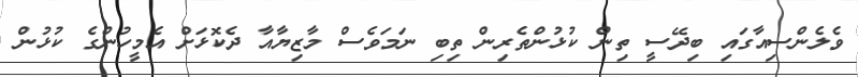
ވެލެންސިއާގައި ބިދޭސީ ތިން ކުޅުންތެރިން ތިބި ނަމަވެސް މާޒިޔާއާ ދެކޮޅަށް އެމީހުންގެ ކުޅުން